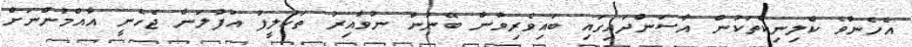
އެހެންވެ ކްލިނިކްތަކުން އާސަންދައިގައި ބައިވެރިވާން ބޭނުން ނުވާއިރު ތަކުލީފު އުފުލަން ޖެހެނީ އާއްމުންނަށް